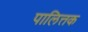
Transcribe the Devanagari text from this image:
पालित्तक